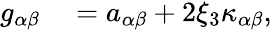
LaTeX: \begin{array}{rl}{{g}_{\alpha\beta}}&{{}={a}_{\alpha\beta}+2\xi_{3}{\kappa}_{\alpha\beta},}\end{array}